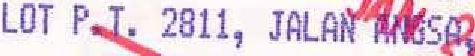
LOT P.T. 2811, JALAN ANGSA,